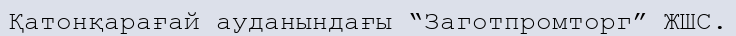
Қатонқарағай ауданындағы “Заготпромторг” ЖШС.